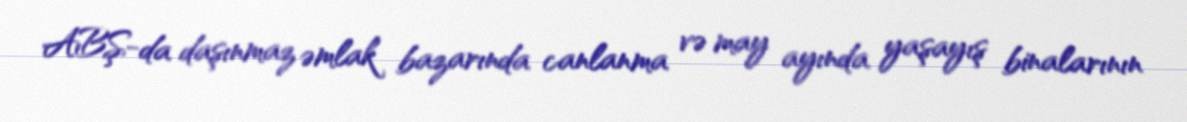
ABŞ-da daşınmaz əmlak bazarında canlanma və may ayında yaşayış binalarının